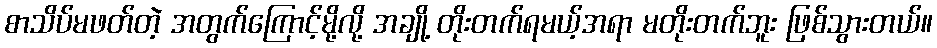
စာသိပ်မဖတ်တဲ့ အတွက်ကြောင့်မို့လို့ အချို့ တိုးတက်ရမယ့်အရာ မတိုးတက်ဘူး ဖြစ်သွားတယ်။